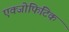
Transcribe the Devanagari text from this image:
एक्जोफिटिक